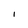
Character: I